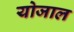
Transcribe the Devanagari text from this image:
योजाल